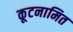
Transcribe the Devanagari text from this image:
कूटनामित